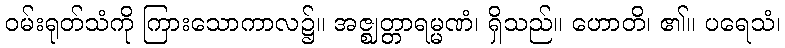
ဝမ်းရုတ်သံကို ကြားသောကာလ၌။ အဇ္ဈတ္တာရမ္မဏံ၊ ရှိသည်။ ဟောတိ၊ ၏။ ပရေသံ၊